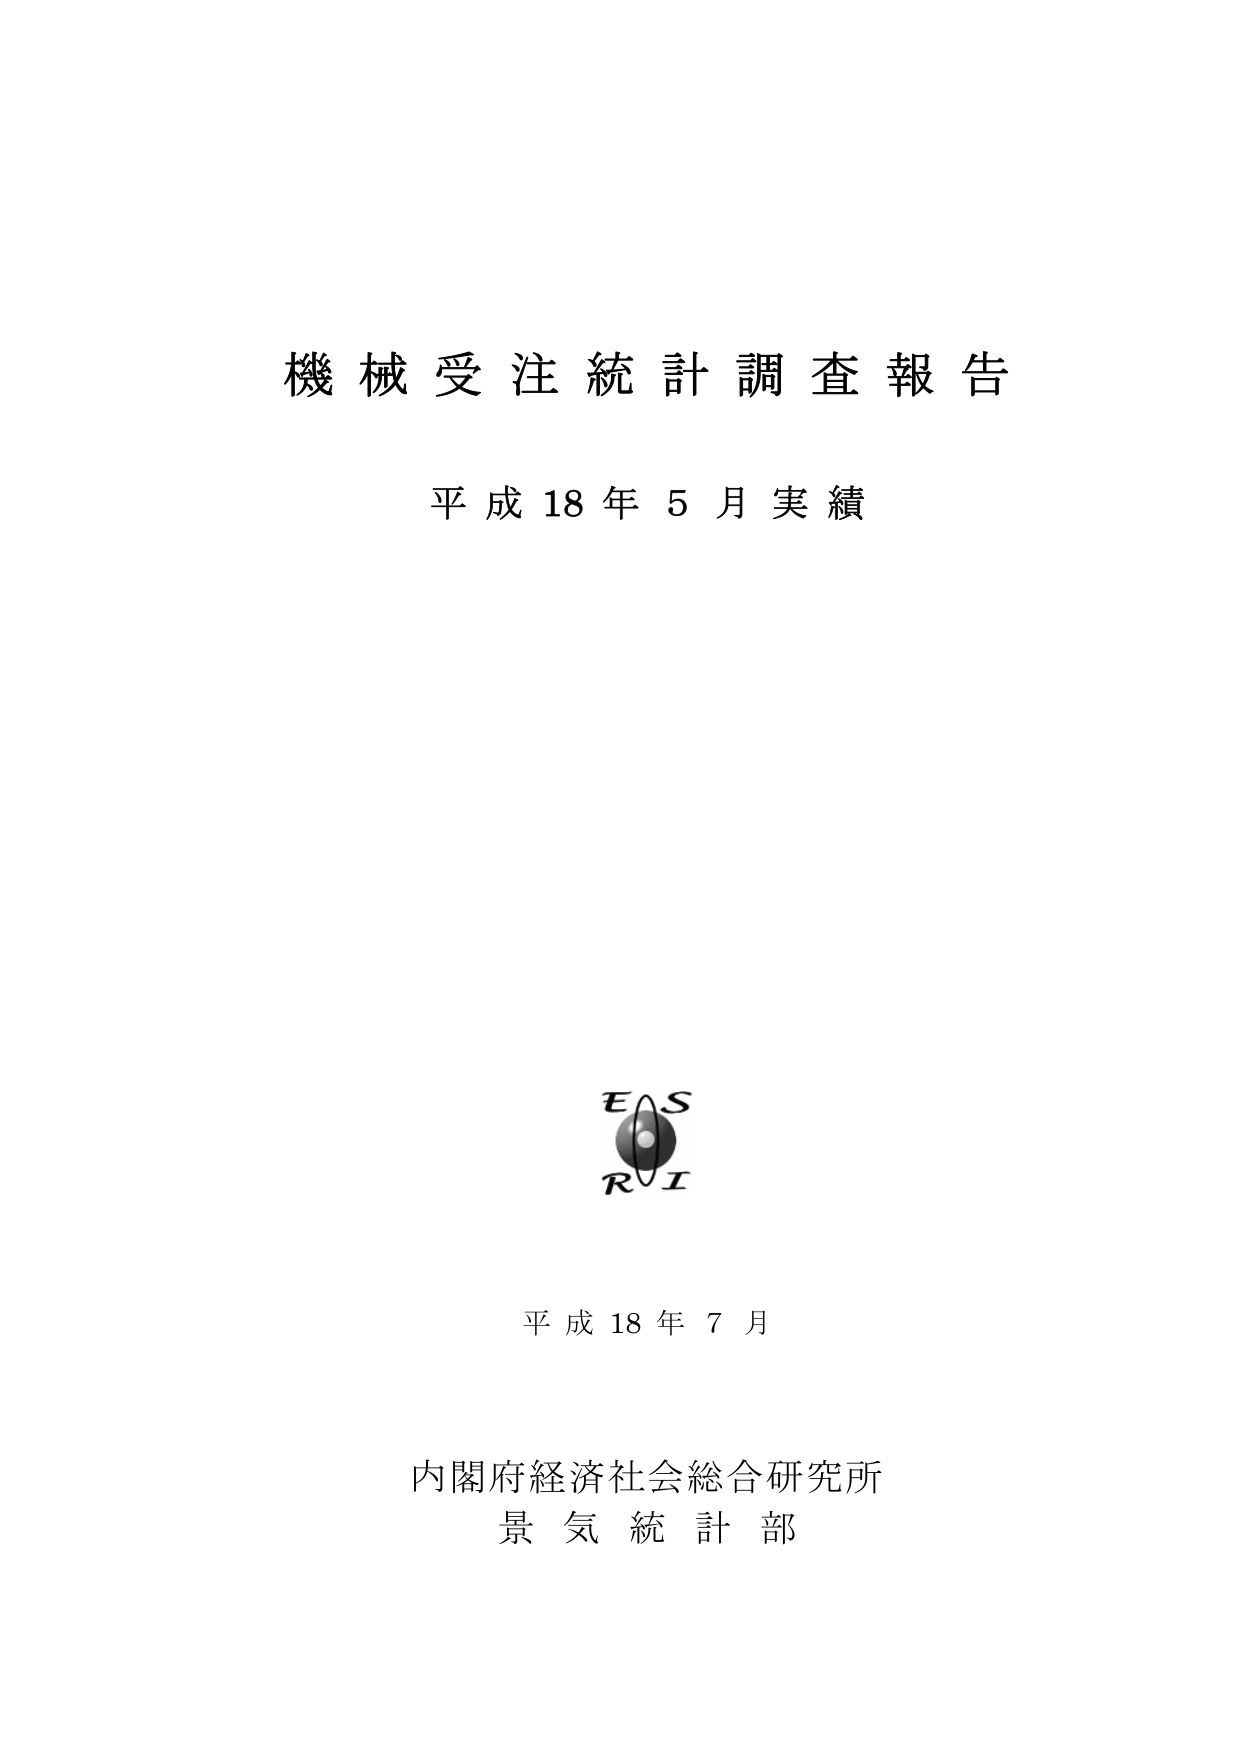
機械受注統計調査報告
平成18年5月実績

E S
R I

平成18年7月

内閣府経済社会総合研究所
景気統計部